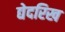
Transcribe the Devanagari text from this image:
द्येदरिख